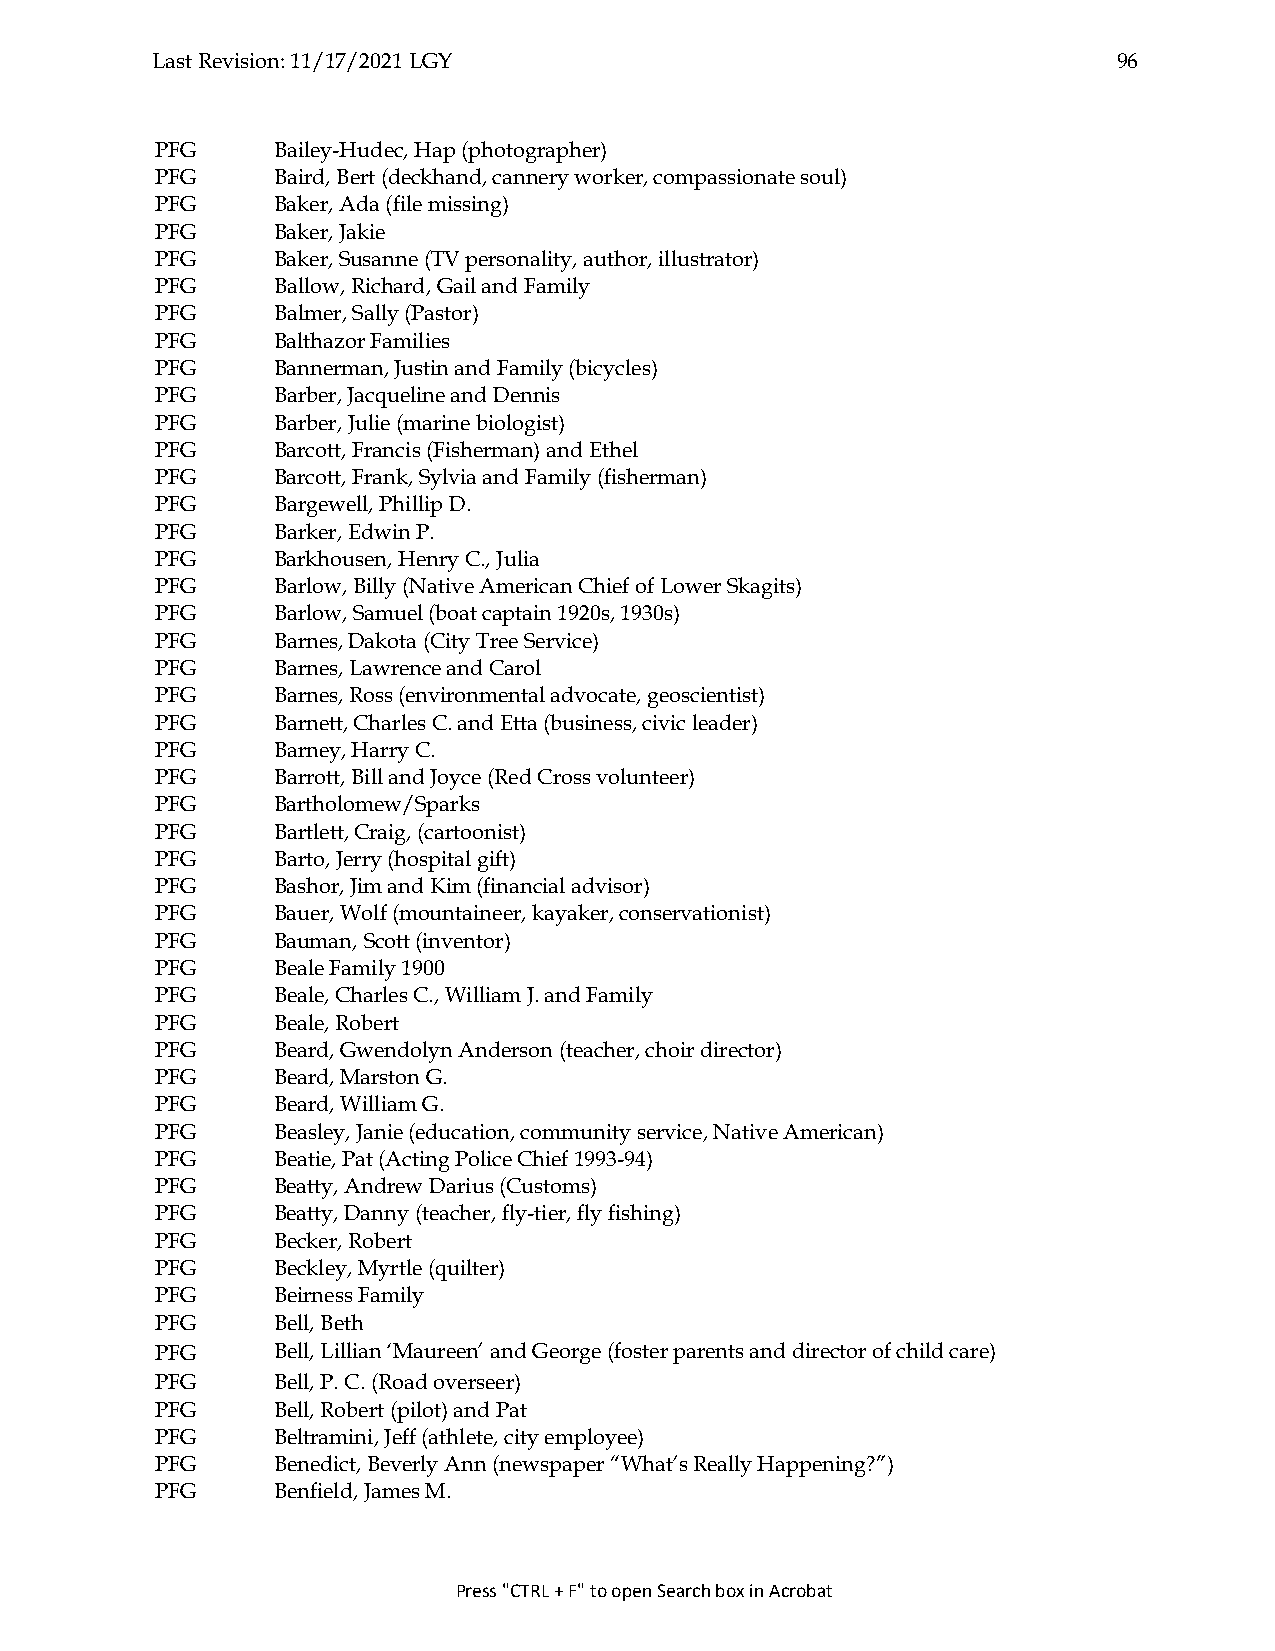
Last Revision: 11/17/2021 LGY                                   96
 PFG     Bailey-Hudec, Hap (photographer)
 PFG     Baird, Bert (deckhand, cannery worker, compassionate soul)
 PFG     Baker, Ada (file missing)
 PFG     Baker, Jakie
 PFG     Baker, Susanne (TV personality, author, illustrator)
 PFG     Ballow, Richard, Gail and Family
 PFG     Balmer, Sally (Pastor)
 PFG     Balthazor Families
 PFG     Bannerman, Justin and Family (bicycles)
 PFG     Barber, Jacqueline and Dennis
 PFG     Barber, Julie (marine biologist)
 PFG     Barcott, Francis (Fisherman) and Ethel
 PFG     Barcott, Frank, Sylvia and Family (fisherman)
 PFG     Bargewell, Phillip D.
 PFG     Barker, Edwin P.
 PFG     Barkhousen, Henry C., Julia
 PFG     Barlow, Billy (Native American Chief of Lower Skagits)
 PFG     Barlow, Samuel (boat captain 1920s, 1930s)
 PFG     Barnes, Dakota (City Tree Service)
 PFG     Barnes, Lawrence and Carol
 PFG     Barnes, Ross (environmental advocate, geoscientist)
 PFG     Barnett, Charles C. and Etta (business, civic leader)
 PFG     Barney, Harry C.
 PFG     Barrott, Bill and Joyce (Red Cross volunteer)
 PFG     Bartholomew/Sparks
 PFG     Bartlett, Craig, (cartoonist)
 PFG     Barto, Jerry (hospital gift)
 PFG     Bashor, Jim and Kim (financial advisor)
 PFG     Bauer, Wolf (mountaineer, kayaker, conservationist)
 PFG     Bauman, Scott (inventor)
 PFG     Beale Family 1900
 PFG     Beale, Charles C., William J. and Family
 PFG     Beale, Robert
 PFG     Beard, Gwendolyn Anderson (teacher, choir director)
 PFG     Beard, Marston G.
 PFG     Beard, William G.
 PFG     Beasley, Janie (education, community service, Native American)
 PFG     Beatie, Pat (Acting Police Chief 1993-94)
 PFG     Beatty, Andrew Darius (Customs)
 PFG     Beatty, Danny (teacher, fly-tier, fly fishing)
 PFG     Becker, Robert
 PFG     Beckley, Myrtle (quilter)
 PFG     Beirness Family
 PFG     Bell, Beth
 PFG     Bell, Lillian ‘Maureen’ and George (foster parents and director of child care)
 PFG     Bell, P. C. (Road overseer)
 PFG     Bell, Robert (pilot) and Pat
 PFG     Beltramini, Jeff (athlete, city employee)
 PFG     Benedict, Beverly Ann (newspaper “What’s Really Happening?”)
 PFG     Benfield, James M.
 Press "CTRL + F" to open Search box in Acrobat